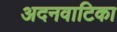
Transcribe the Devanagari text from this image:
अदनवाटिका